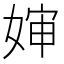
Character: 婶